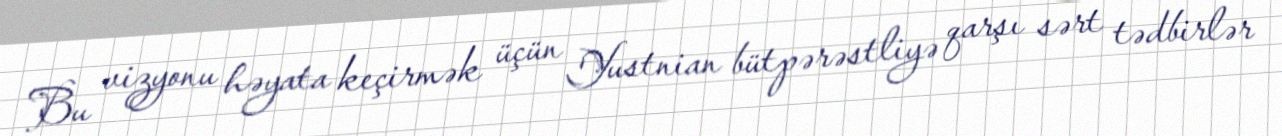
Bu vizyonu həyata keçirmək üçün Yustnian bütpərəstliyə qarşı sərt tədbirlər